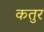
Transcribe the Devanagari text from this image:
कतुर